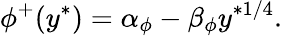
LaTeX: \phi^{+}(y^{\ast})=\alpha_{\phi}-\beta_{\phi}y^{\ast 1/4}.